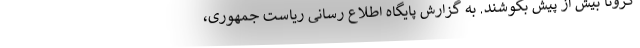
کرونا بیش از پیش بکوشند. به گزارش پایگاه اطلاع رسانی ریاست جمهوری،